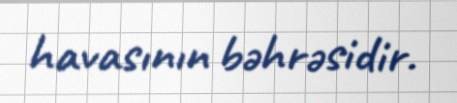
havasının bəhrəsidir.